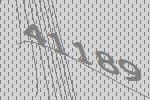
41189